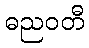
ဓညဝတီ